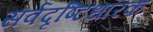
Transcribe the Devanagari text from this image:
सर्वदृष्टिधारक